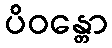
ပိဝန္တော